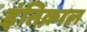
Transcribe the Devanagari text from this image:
इंतिक़ाल